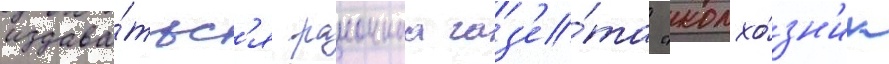
издава́тьс'я раионнаа газ'е́та "колхо́зн'ик